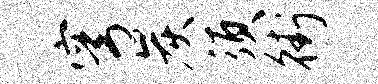
穹炭须街